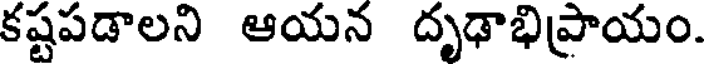
కష్టపడాలని ఆయన దృఢాభిప్రాయం.